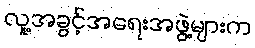
လူ့အခွင့်အရေးအဖွဲ့များက